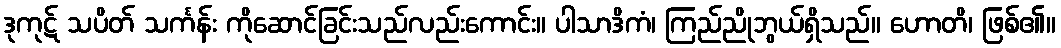
ဒုကုဋ် သပိတ် သင်္ကန်း ကိုဆောင်ခြင်းသည်လည်းကောင်း။ ပါသာဒိကံ၊ ကြည်ညိုဘွယ်ရှိသည်။ ဟောတိ၊ ဖြစ်၏။